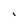
Character: i